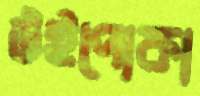
উইপোকা